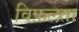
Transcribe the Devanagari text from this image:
विफ़लता